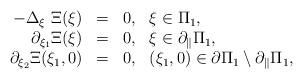
LaTeX: \begin{align*}\begin{array}{rcll}-\Delta_{\xi} \ \Xi(\xi) &=& 0, &\xi \in \Pi_1 ,\\\partial_{\xi_1} \Xi(\xi) &=& 0,& \xi \in \partial_{\parallel}\Pi_1,\\\partial_{\xi_2}\Xi(\xi_1,0)&=& 0,& (\xi_1,0) \in \partial\Pi_1 \setminus \partial_{\parallel}\Pi_1,\end{array}\end{align*}